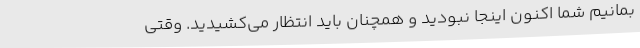
بمانیم شما اکنون اینجا نبودید و همچنان باید انتظار می‌کشیدید. وقتی